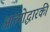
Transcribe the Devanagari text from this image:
आत्मोद्धारकी